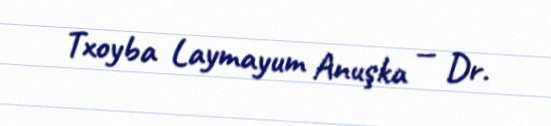
Txoyba Laymayum Anuşka — Dr.